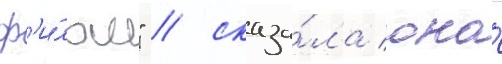
ф'и́льм" / сказа́ла она́